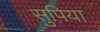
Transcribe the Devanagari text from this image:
सुपिया